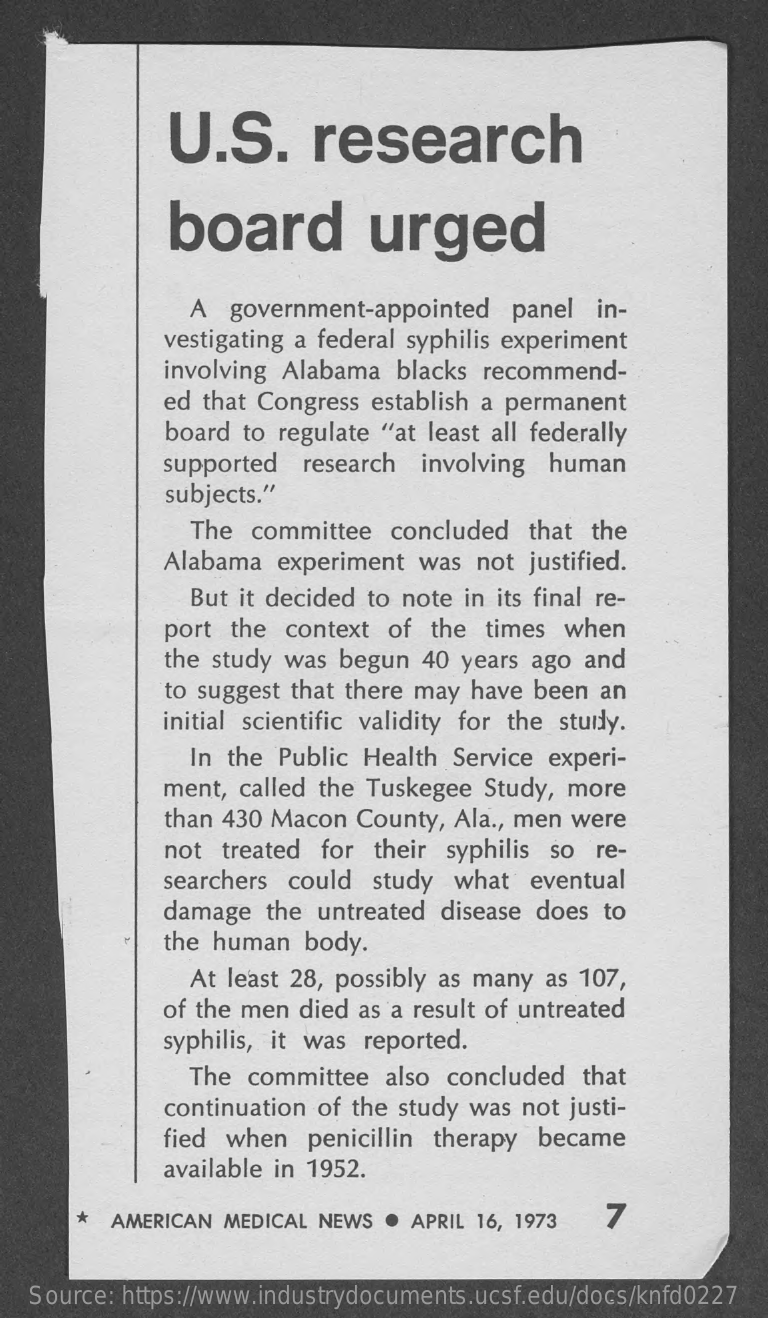
U.S.    research
     board    urged
     A  government-appointed    panel  in-
     vestigating a federal syphilis experiment
     involving Alabama  blacks recommend-
     ed that Congress establish a permanent
     board to regulate "at least all federally
     supported  research  involving  human
     subjects."
     The  committee  concluded   that the
     Alabama  experiment  was  not justified.
     But it decided to note in its final re-
     port the  context of  the  times when
     the study was begun  40 years ago  and
     to suggest that there may have been an
     initial scientific validity for the study.
     In the Public Health  Service experi-
     ment, called the Tuskegee Study, more
     than 430 Macon  County, Ala ., men were
     not  treated for their syphilis so  re-
     searchers could  study  what  eventual
     damage  the untreated  disease does to
     the human  body.
     At least 28, possibly as many as 107,
     of the men died as a result of untreated
     syphilis, it was reported.
     The  committee  also concluded  that
     continuation of the study was not justi-
     fied when   penicillin therapy became
     available in 1952.
     * AMERICAN  MEDICAL NEWS . APRIL 16, 1973   7
   Source: https://www.industrydocuments.ucsf.edu/docs/knfd0227